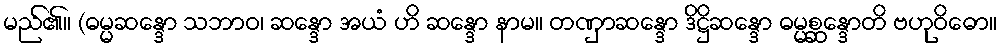
မည်၏။ (ဓမ္မဆန္ဒော သဘာဝ၊ ဆန္ဒော အယံ ဟိ ဆန္ဒော နာမ။ တဏှာဆန္ဒော ဒိဋ္ဌိဆန္ဒော ဓမ္မစ္ဆန္ဒောတိ ဗဟုဝိဓော။